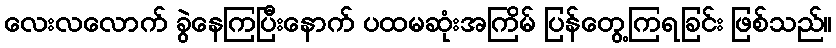
လေးလလောက် ခွဲနေကြပြီးနောက် ပထမဆုံးအကြိမ် ပြန်တွေ့ကြရခြင်း ဖြစ်သည်။